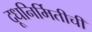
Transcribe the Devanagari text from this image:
दूधनिर्मितीची